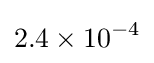
2.4\times 10^{-4}